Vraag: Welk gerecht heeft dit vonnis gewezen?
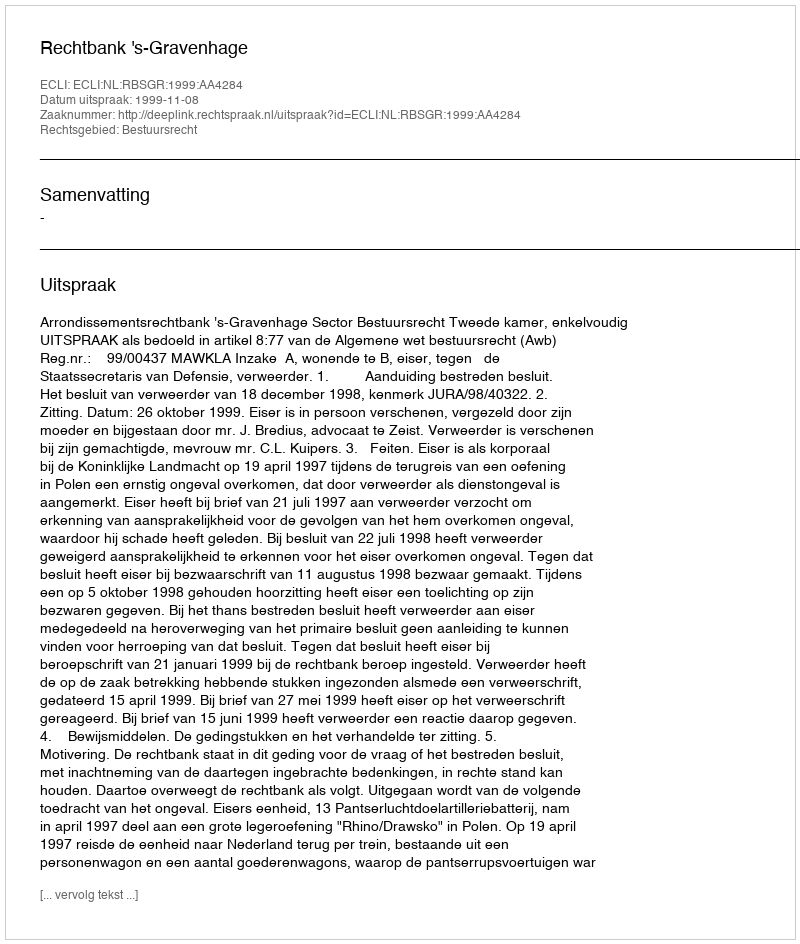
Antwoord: Rechtbank 's-Gravenhage